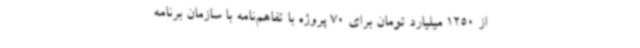
از 1250 میلیارد تومان برای 70 پروژه با تفاهم‌نامه با سازمان برنامه